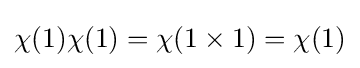
\chi (1)\chi (1)=\chi (1\times 1)=\chi (1)